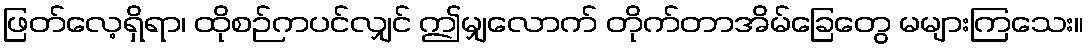
ဖြတ်လေ့ရှိရာ၊ ထိုစဉ်ကပင်လျှင် ဤမျှလောက် တိုက်တာအိမ်ခြေတွေ မများကြသေး။